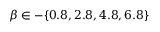
\beta \in - \{ 0 . 8 , 2 . 8 , 4 . 8 , 6 . 8 \}